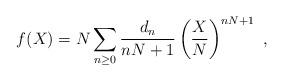
\begin{align*}f(X)=N \sum_{n\ge 0} {d_n\over {nN+1}} \left(X\over N\right)^{nN+1}~,\end{align*}